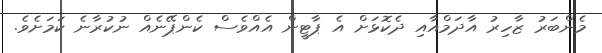
މެންބަރު ޒާހިރު އާދަމްއާއި ދެކޮޅަށް އެ ޕާޓީން އެއްވެސް ކެންޕޭނެއް ނުކުރާނެ ކަމަށެވެ.